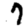
Digit: 7